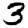
Digit: 3